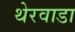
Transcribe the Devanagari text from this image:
थेरवाडा